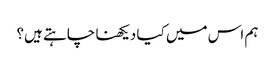
ہم اس میں کیا دیکھنا چاہتے ہیں؟